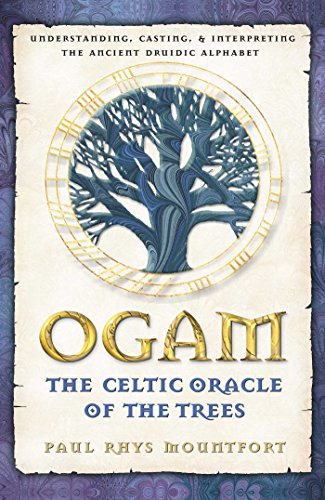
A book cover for Ogam: The Celtic Oracle of the Trees: Understanding, Casting, and Interpreting the Ancient Druidic Alphabet; Paul Rhys Mountfort; Literature & Fiction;